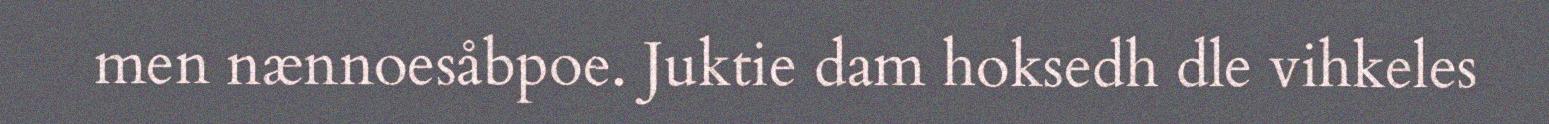
men nænnoesåbpoe. Juktie dam hoksedh dle vihkeles